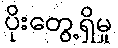
ပိုးတွေ့ရှိမှု